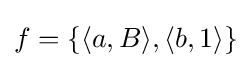
f=\{\langle a,B\rangle ,\langle b,1\rangle \}